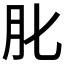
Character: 𦘪